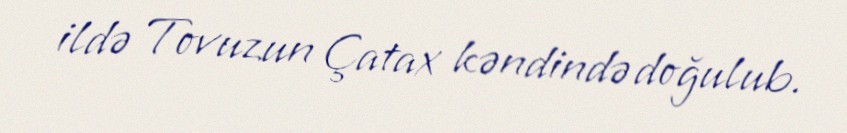
ildə Tovuzun Çatax kəndində doğulub.